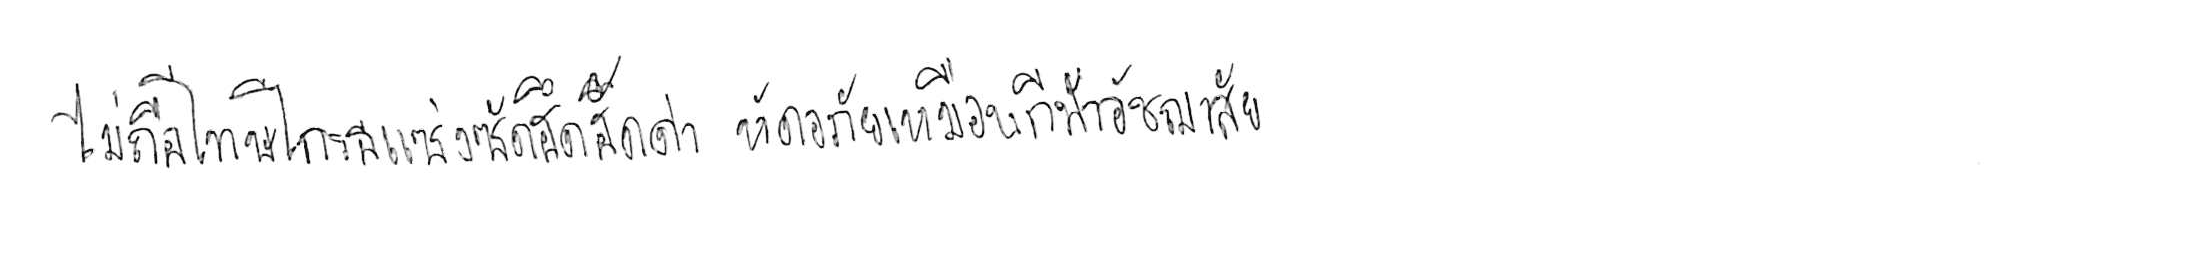
ไม่ถือโทษโกรธแช่งซัดฮึดฮัดด่า หัดอภัยเหมือนกีฬาอัชฌาสัย